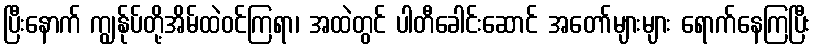
ပြီးနောက် ကျွန်ုပ်တို့အိမ်ထဲဝင်ကြရာ၊ အထဲတွင် ပါတီခေါင်းဆောင် အတော်များများ ရောက်နေကြပြီး